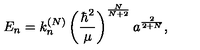
E _ { n } = k _ { n } ^ { ( N ) } \left( \frac { \hbar ^ { 2 } } \mu \right) ^ { \frac N { N + 2 } } a ^ { \frac 2 { 2 + N } } ,